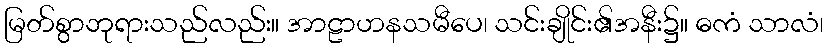
မြတ်စွာဘုရားသည်လည်း။ အာဠာဟနသမီပေ၊ သင်းချိုင်း၏အနီး၌။ ဓကံ သာလံ၊